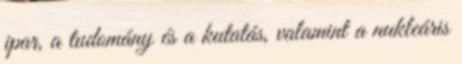
ipar, a tudomány és a kutatás, valamint a nukleáris